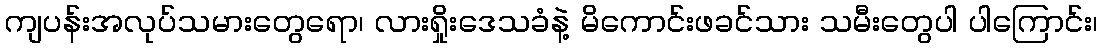
ကျပန်းအလုပ်သမားတွေရော၊ လားရှိုးဒေသခံနဲ့ မိကောင်းဖခင်သား သမီးတွေပါ ပါကြောင်း၊